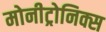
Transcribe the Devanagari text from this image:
मोनीट्रोनिक्स